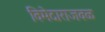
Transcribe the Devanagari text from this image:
विमेदाराजवळ